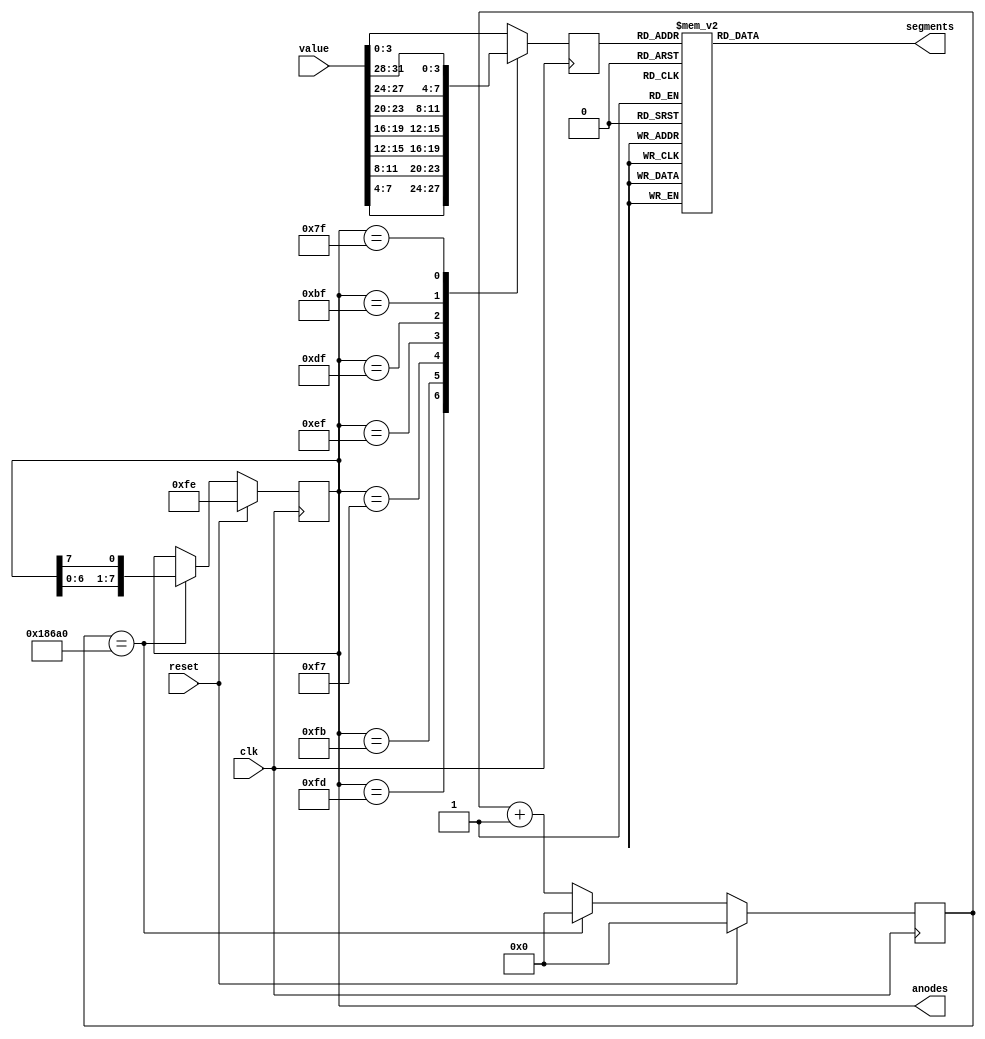
`timescale 1ns / 1ps
//////////////////////////////////////////////////////////////////////////////////
//
// Displays a 32-bit value on the 7-segment display as 8 hex characters.
//
// Copyright (c) Colm Gavin, 2024
// 
//////////////////////////////////////////////////////////////////////////////////

module seven_segment_display(
    input clk,                  // 100MHz system clock
    input reset,                // Active high reset
    input [31:0] value,         // What to display
    output reg [6:0] segments,  // Drive the 7 segments
    output reg [7:0] anodes     // Driver the 8 digit anodes
    );
    
    reg[31:0] delay_counter;
    reg[3:0] digit;
    
    always @(posedge clk) begin
        if (reset) begin
            anodes <= 8'b1111_1110;
            delay_counter <= 0;
        end else begin
            if (delay_counter == 100000) begin
                delay_counter <= 0;
                anodes <= {anodes[6:0], anodes[7]}; // Select the next digit
            end else begin
                delay_counter <= delay_counter+1;   // Wait a while to show it
            end
        end
    
        // Which 4 bits of the input value should we display?
        
        case (anodes)
            default:        digit = value[3:0];
            8'b1111_1101:   digit = value[7:4];
            8'b1111_1011:   digit = value[11:8];
            8'b1111_0111:   digit = value[15:12];
            8'b1110_1111:   digit = value[19:16];
            8'b1101_1111:   digit = value[23:20];
            8'b1011_1111:   digit = value[27:24];
            8'b0111_1111:   digit = value[31:28];
        endcase
    end
    
    // What segments do we need to light up for each number?
    
    always @(*)
    case (digit)
        'h0: segments = 7'b1000000;
        'h1: segments = 7'b1111001;
        'h2: segments = 7'b0100100;
        'h3: segments = 7'b0110000;
        'h4: segments = 7'b0011001;
        'h5: segments = 7'b0010010;
        'h6: segments = 7'b0000010;
        'h7: segments = 7'b1111000;
        'h8: segments = 7'b0000000;
        'h9: segments = 7'b0010000;
        'hA: segments = 7'b0001000; 
        'hB: segments = 7'b0000011; 
        'hC: segments = 7'b1000110;
        'hD: segments = 7'b0100001;
        'hE: segments = 7'b0000110;
        'hF: segments = 7'b0001110;
    endcase
endmodule